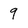
Character: 9